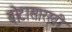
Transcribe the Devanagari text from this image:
बोटासारखी